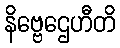
နိဗ္ဗေဌေဟီတိ